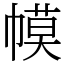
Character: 幙